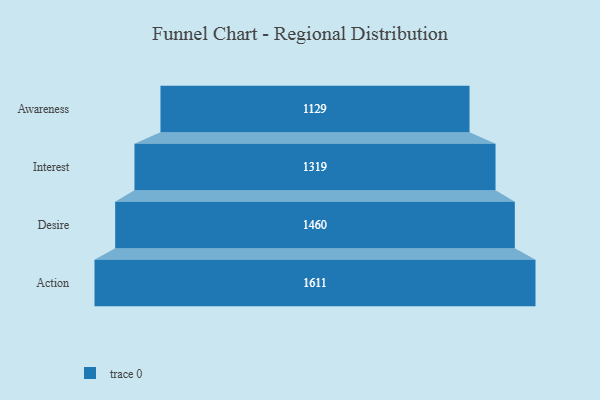
{"axis": {"x": "Stage", "y": "Value"}, "legend": [""], "data": [{"x": "Awareness", "y": 1129.0, "type": ""}, {"x": "Interest", "y": 1319.0, "type": ""}, {"x": "Desire", "y": 1460.0, "type": ""}, {"x": "Action", "y": 1611.0, "type": ""}]}